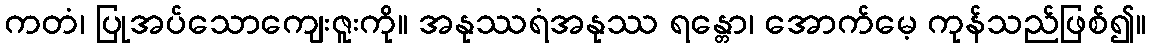
ကတံ၊ ပြုအပ်သောကျေးဇူးကို။ အနုဿရံအနုဿ ရန္တော၊ အောက်မေ့ ကုန်သည်ဖြစ်၍။